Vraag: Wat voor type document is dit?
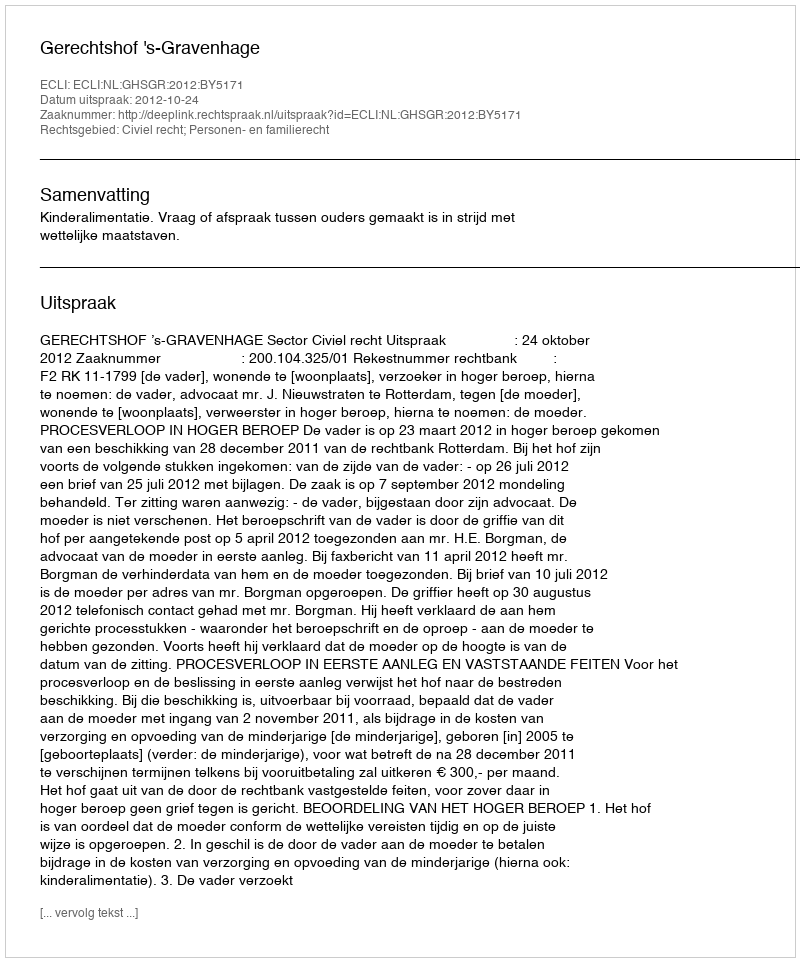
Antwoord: Uitspraak